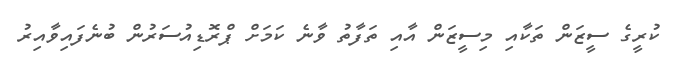
ކުރީގެ ސީޒަން ތަކާއި މިސީޒަން އާއި ތަފާތު ވާނެ ކަމަށް ޕްރޮޑިއުސަރުން ބުނެފައިވާއިރު